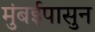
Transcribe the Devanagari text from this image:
मुंबईपासुन